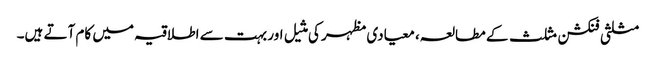
مثلثی فنکشن مثلث کے مطالعہ، معیادی مظہر کی مثیل اور بہت سے اطلاقیہ میں کام آتے ہیں۔